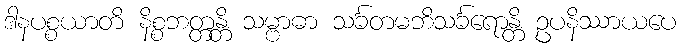
ဒါနပစ္စယာတိ နိစ္စဘတ္တန္တိ သမ္ဗာဓာ သင်္ခတမဘိသင်္ခရောန္တိ ဥပနိဿာယပေ